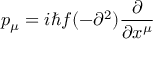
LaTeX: p _ { \mu } = i \hbar f ( - \partial ^ { 2 } ) \frac { \partial } { \partial x ^ { \mu } }